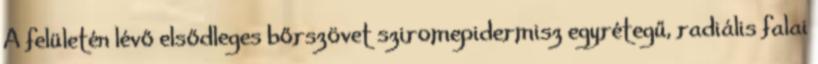
A felületén lévő elsődleges bőrszövet sziromepidermisz egyrétegű, radiális falai